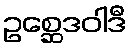
ဥစ္ဆေဒဝါဒီ